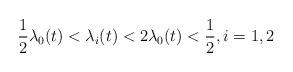
LaTeX: \begin{align*} \frac{1}{2} \lambda_{0}(t)<\lambda_{i}(t)<2\lambda_{0}(t)<\frac{1}{2}, i=1,2\end{align*}